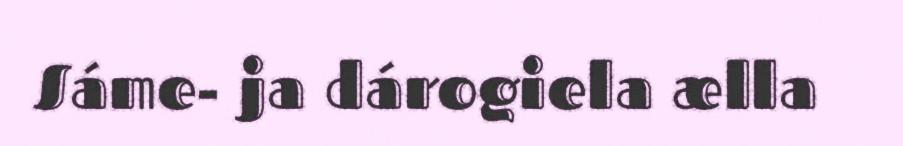
Sáme- ja dárogiela ælla